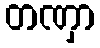
တဏှာ